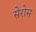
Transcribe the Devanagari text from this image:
सेरोस